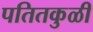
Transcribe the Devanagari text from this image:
पतितकुळी